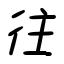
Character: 往